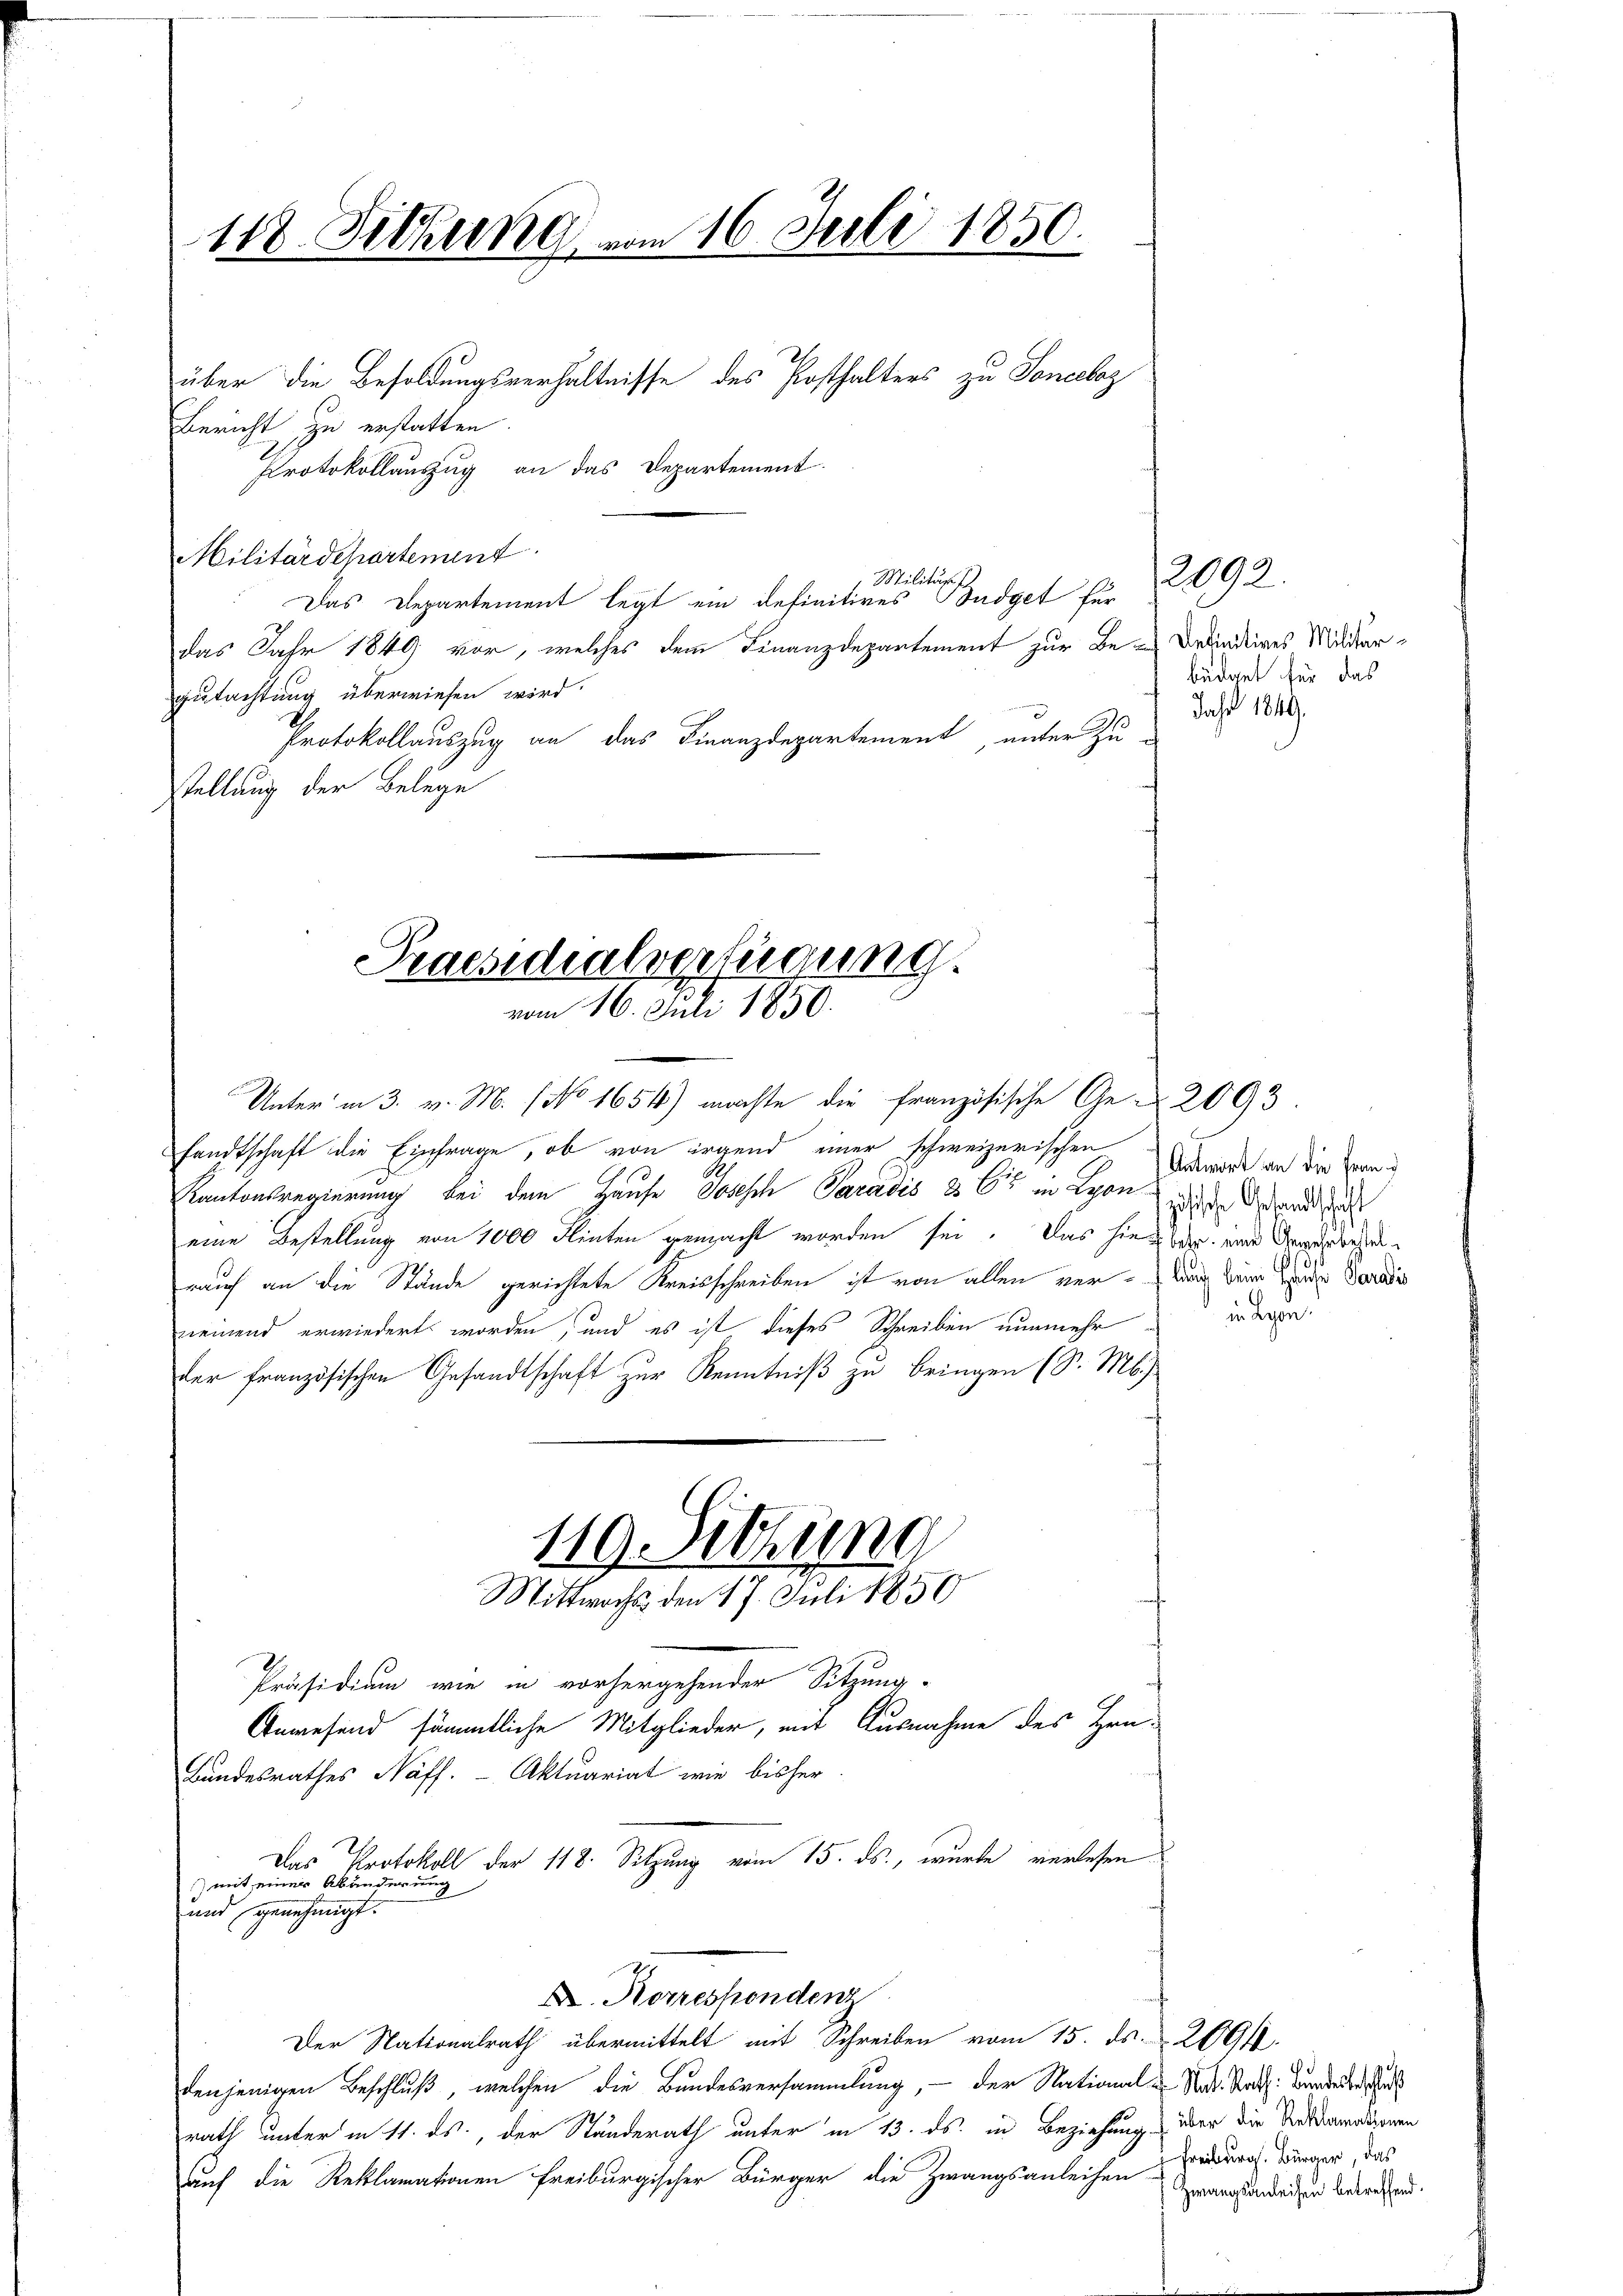
118. Sitzung vom 16. Juli 1850.

Bericht zu erstatten.
Protokollauszug an das Departement
Militärdepartement
Militärs
Das Departement legt ein definitives Büdget für
das Jahr 1849 vor, welches dem Finanzdepartement zur Be-Befindeines Mildergutachtung überwiesen wird.
Protokollauszug an das Finanzdepartement, unter Zu-
stellung der Belege

Praesidialverfügung.
vom 16. Juli 1850.

Unter in 3. v. M. (No 1654) machte die französische Ge-2093
sandtschaft die Einfrage, ob von irgend einer schweizerischen Verorde an die Hand
Kantonsregierung bei dem Hause Joseph Paradis & 6 in Lyon wurde erhande
eine Bestellung von 1000 Flinten gemacht worden sei. Das hier der eine Gewerbeseirauf an die Stände gerichtete Kreisschreiben ist von allen verlag beim Zende Paradis
neinend erwiedert worden, und es ist dieses Schreiben nunmehr
der französischen Gesandtschaft zur Kenntniß zu bringen (S. M. J.
119. Sitzung
Mittwochs den 17. Juli 1850

über die Besoldungsverhältnisse des Posthalters zu Sonccloz

Bundesrathes Näff. Aktuariat wie bisher.
Das Protokoll der 118. Sitzung vom 15. ds., wurde verlesen
) mit einer Abänderung
und genehmigt.
D. Korrespondenz
Der Nationalrath übermittelt mit Schreiben vom 15. ds. 2691.
denjenigen Beschluß, welchen die Bundesversammlung, – der National u Nat. Statt: Bundere
rath unter in 11. ds., der Ständerath unter in 13. ds. in Beziehung über die Andermalignen
auf die Reklamationen freiburgischer Bürger die Zwangsanleihen Einburg, Bürger, das

Präsidium wie in vorhergehender Sitzung.
Anwesend sämmtliche Mitglieder, mit Ausnahme des Hrn.

2092
büdget für das
dahr 1849.

in Lyon.

Zwangsanleihen betreffend.